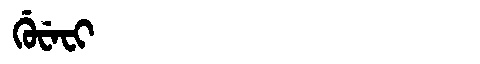
Manchu: ᡤᡠᠸᡝᠸᡳ
Romanization: GUWEFI